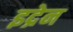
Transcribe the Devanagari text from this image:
इद्रेन